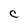
Character: C